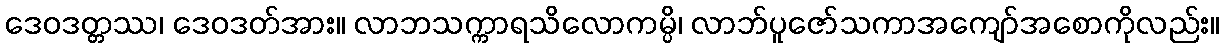
ဒေဝဒတ္တဿ၊ ဒေဝဒတ်အား။ လာဘသက္ကာရသိလောကမ္ပိ၊ လာဘ်ပူဇော်သကာအကျော်အစောကိုလည်း။